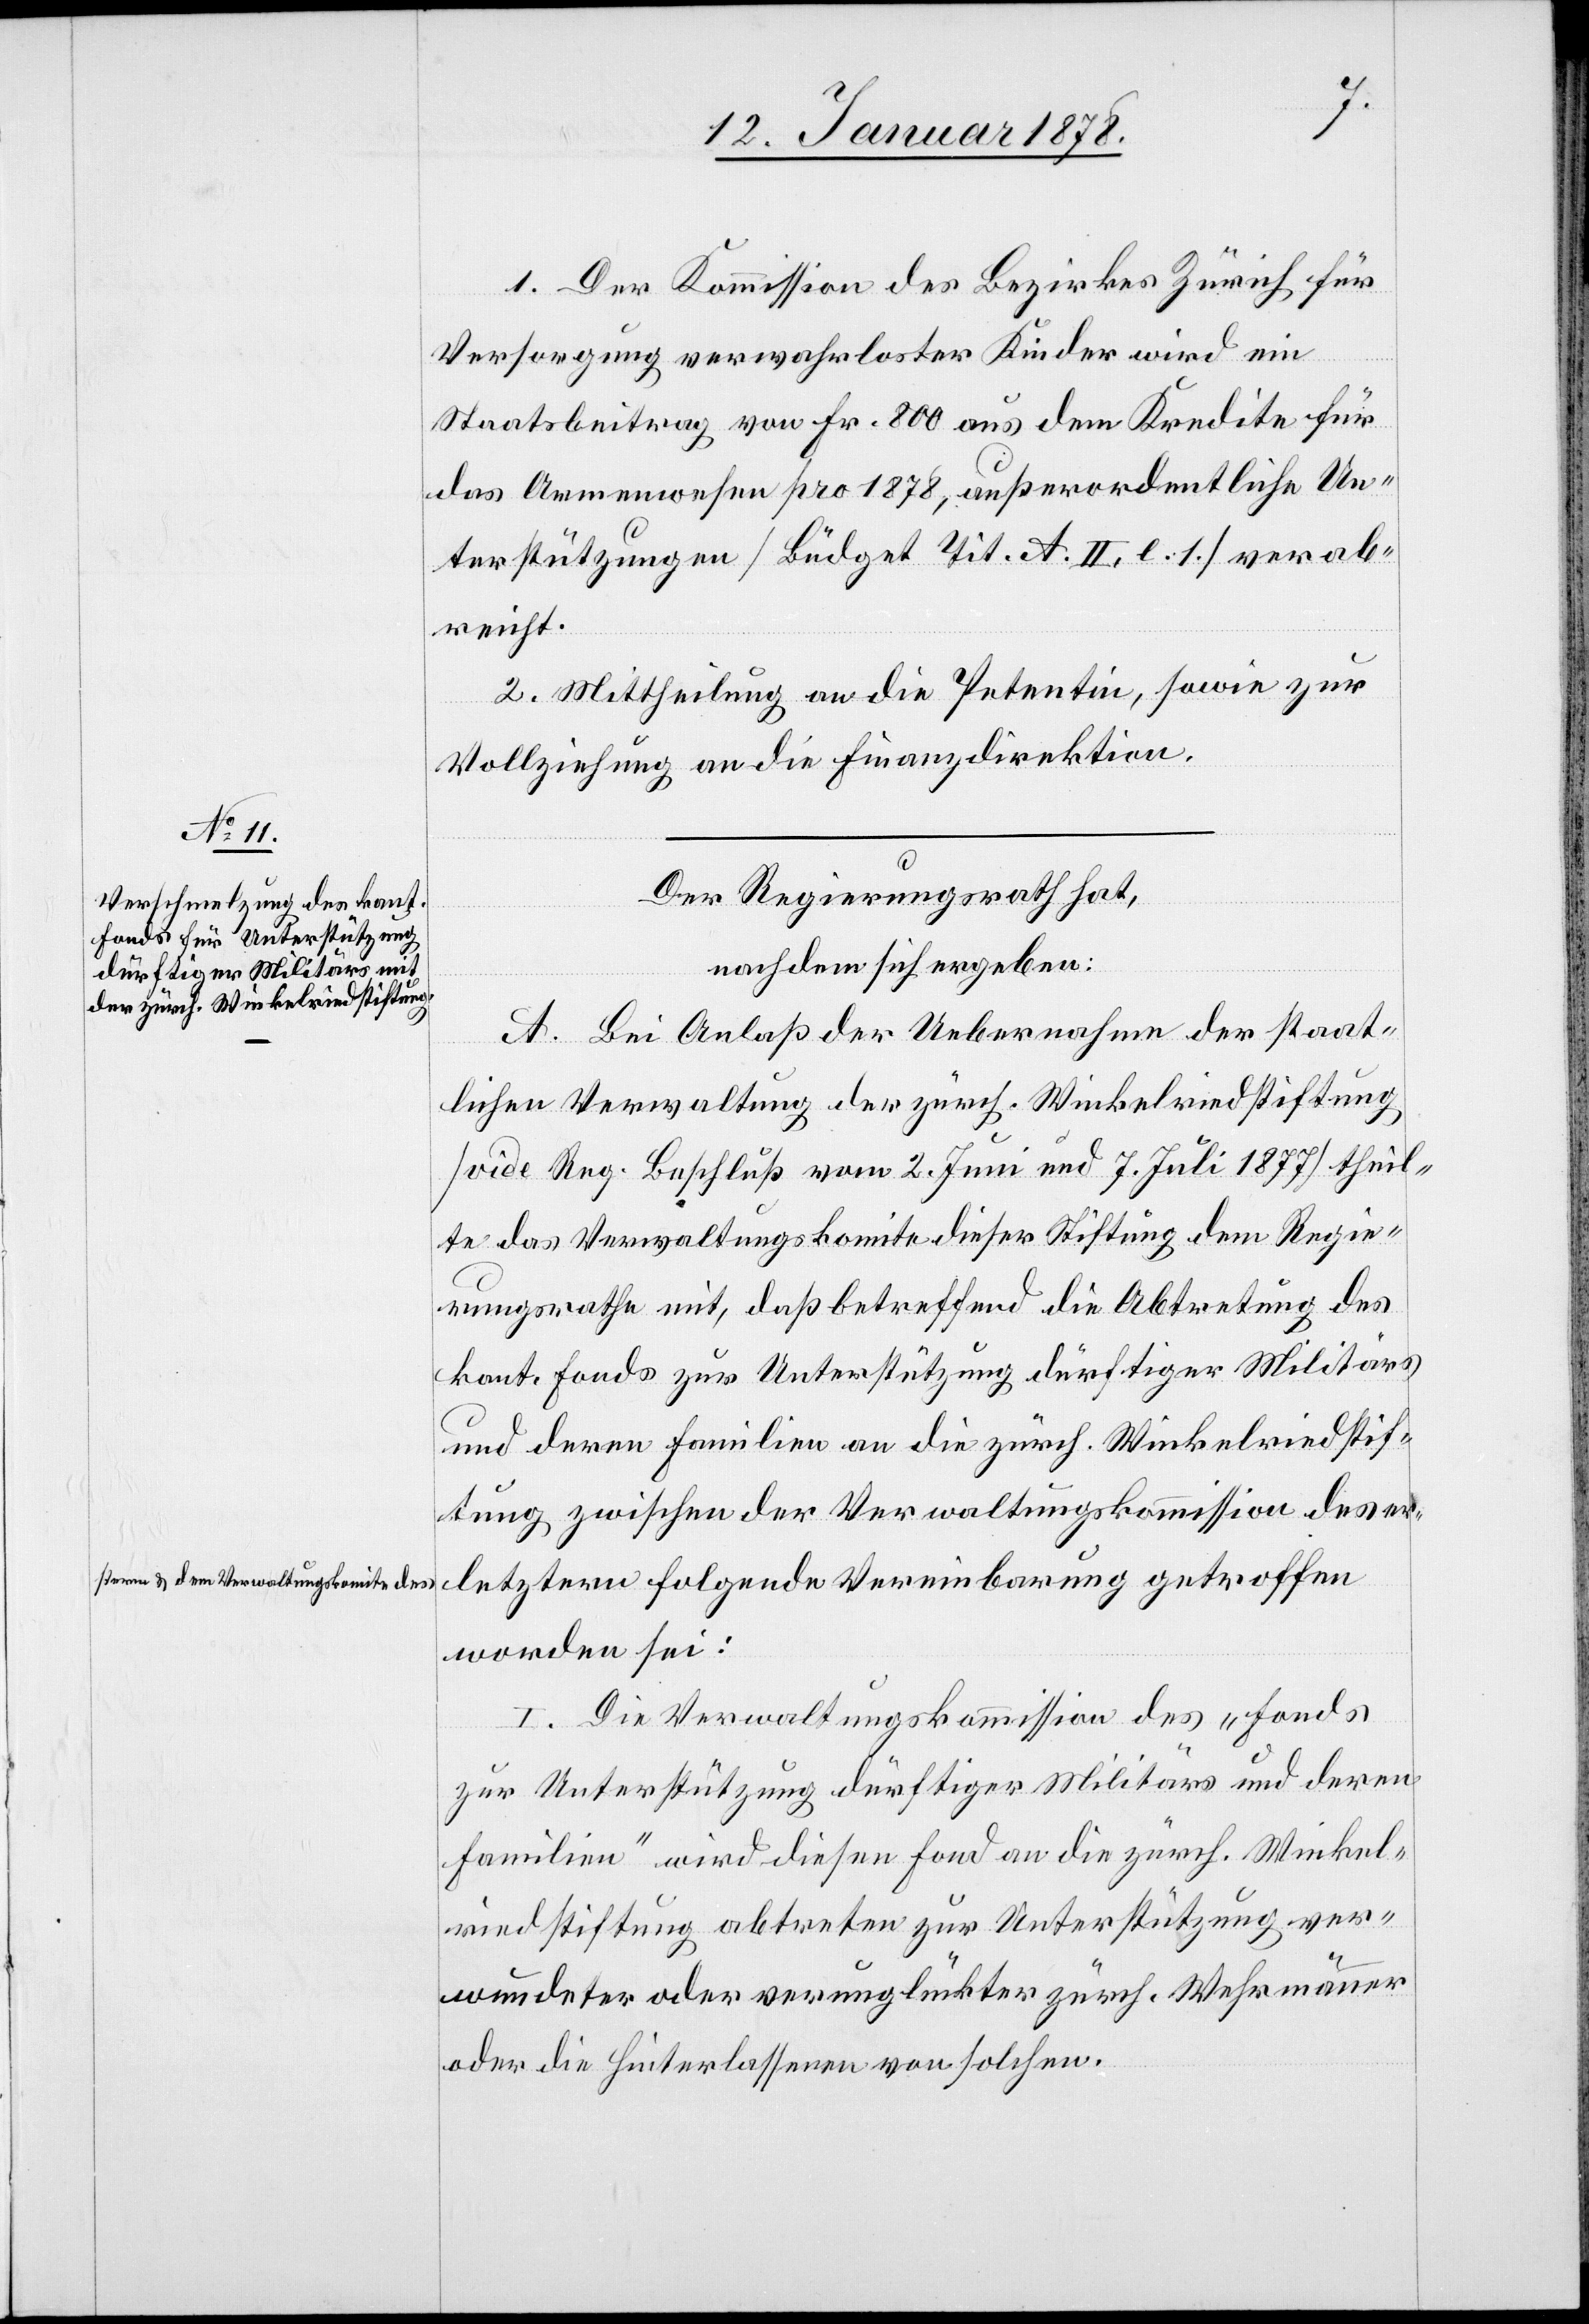
stern & dem Verwaltungskomite des-a

1. Der Kommission des Bezirkes Zürich für
Versorgung verwahrloster Kinder wird ein
Staatsbeitrag von Fr. 800 aus dem Kredite für
das Armenwesen pro 1878, außordentliche Un¬
terstützungen [Büdget Tit. A. II. l. 1] verab¬
reicht.
2. Mittheilung an die Petentin, sowie zur
Vollziehung an die Finanzdirektion.
Der Regierungsrath hat,
nachdem sich ergeben:
A. Bei Anlaß der Uebernahme der staat¬
lichen Verwaltung der zürch. Winkelsriedstiftung
[vide Reg. Beschluß vom 2 Juni und 7 Juli 1877] theil¬
te das Verwaltungskomite dieser Stiftung dem Regie¬
rungsrathe mit, daß betreffend die Abtretung des
kant. Fonds zur Unterstützung dürftiger Militärs
und deren Familien an die zürch. Winkelriedstif¬
tung zwischen der Verwaltungskommission des a-er¬
letztern folgende Vereinbarung getroffen
worden sei:
I. Die Verwaltungskommission des „Fonds
zur Unterstützung dürftiger Militärs und deren
Familie“ wird diesen Fond an die zürch. Winkel¬
riedstiftung abtreten zur Unterstützung ver¬
wundeter oder verunglückter zürch. Wehrmänner
oder die Hinterlassenen von solchen.